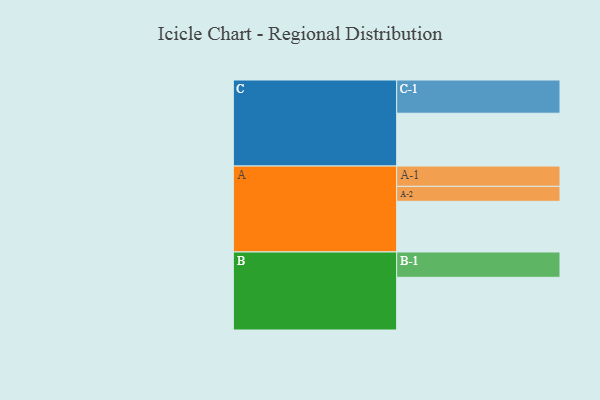
{"axis": {"x": "Segment", "y": "Value"}, "legend": ["", "A", "B", "C"], "data": [{"x": "A", "y": 372, "type": ""}, {"x": "B", "y": 387, "type": ""}, {"x": "C", "y": 388, "type": ""}, {"x": "A-1", "y": 149, "type": "A"}, {"x": "A-2", "y": 110, "type": "A"}, {"x": "B-1", "y": 186, "type": "B"}, {"x": "C-1", "y": 244, "type": "C"}]}